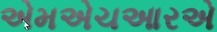
એમએચઆરએ